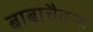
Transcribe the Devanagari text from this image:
बाबाचैतन्य